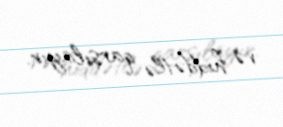
və hiddətlə qarşılayır.